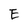
Character: E